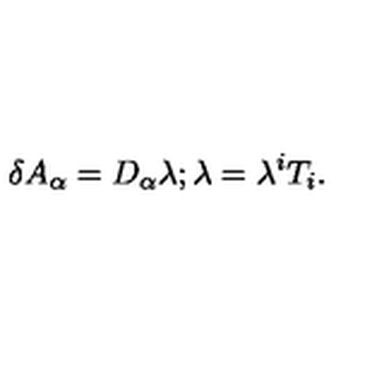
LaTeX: \delta A _ { \alpha } = D _ { \alpha } \lambda ; \lambda = \lambda ^ { i } T _ { i } .